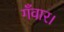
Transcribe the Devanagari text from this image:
गँवार।